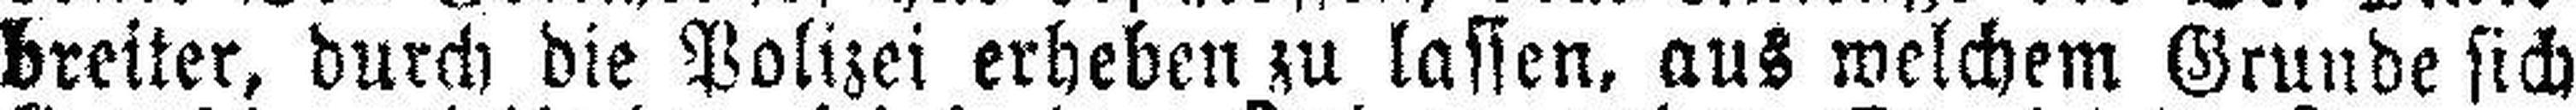
breiter, durch die Polizei erheben zu lassen, aus welchem Grunde sich